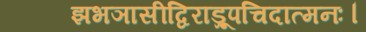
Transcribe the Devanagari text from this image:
झभञासीद्विराड्रूपचिदात्मनः।